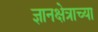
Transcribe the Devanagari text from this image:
ज्ञानक्षेत्राच्या